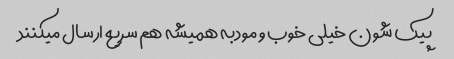
پیک شون خیلی خوب و مودبه همیشه هم سریع ارسال میکنند